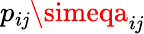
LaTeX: p_{i\mathit{j}}\simeqa_{i\mathit{j}}